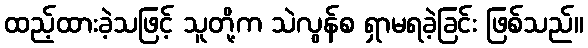
ထည့်ထားခဲ့သဖြင့် သူတို့က သဲလွန်စ ရှာမရခဲ့ခြင်း ဖြစ်သည်။